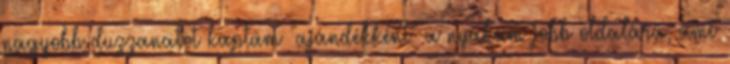
nagyobb duzzanatot kaptam "ajándékként" a nyakam jobb oldalára, ami